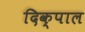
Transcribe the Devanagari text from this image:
दिक्‌पाल